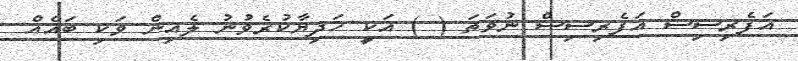
އަފެރިސިސް އަފެރިސިސް ނުވަތަ ( ) އަކީ ހަދިޔާކުރެވުނު ލެއިން ވަކި ބައެއް